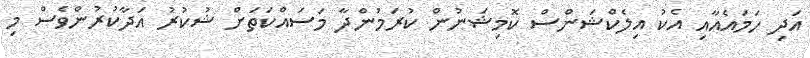
އަދި ހަމައެއާއި އެކު އިލެކްޝަންސް ކޮމިޝަނުން ކުރަމުންދާ މަސައްކަތަށް ޝުކުރު އަދާކުރުންވެސް މި